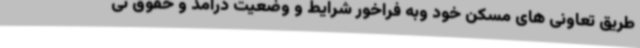
طریق تعاونی های مسکن خود وبه فراخور شرایط و وضعیت درآمد و حقوق نی